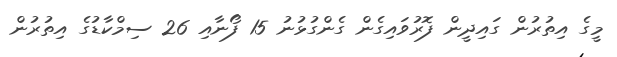
މީގެ އިތުރުން ގައިދީން ފޮރުވައިގެން ގެންގުޅުނު 15 ފޯނާއި 26 ސިމްކާޑުގެ އިތުރުން